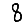
Digit: 8